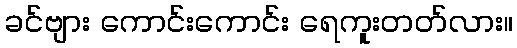
ခင်ဗျား ကောင်းကောင်း ရေကူးတတ်လား။